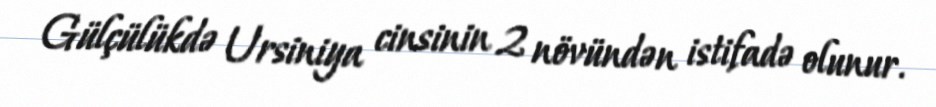
Gülçülükdə Ursiniya cinsinin 2 növündən istifadə olunur.